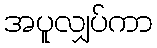
အပူလျှပ်ကာ